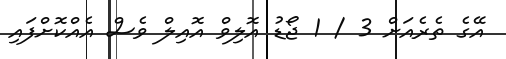
އޭގެ ތެރެއަށް 3 / 1 ޖޯޑު އޮލިވް އޮއިލް ވެސް އެއްކޮށްފައި